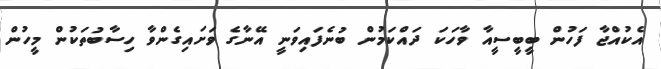
އެކުއްޖާ ފަހުން ބީބީސީއާ ވާހަކަ ދައްކަމުން ބުނެފައިވަނީ އޭނާގެ ވަށައިގެންވާ ހިސާބުތަކުން މީހުން